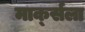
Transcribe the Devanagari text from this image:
मार्क्‍सला